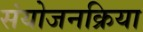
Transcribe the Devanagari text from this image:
संयोजनक्रिया